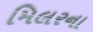
મિલરના